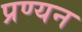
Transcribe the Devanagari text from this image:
प्रण्यन